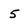
Character: 5